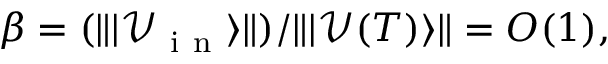
\beta = ( \| \vert { \mathcal V } _ { \mathrm { ~ i ~ n ~ } } \rangle \| ) / \| \vert { \mathcal V } ( T ) \rangle \| = O ( 1 ) ,